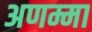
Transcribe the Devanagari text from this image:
अणम्मा